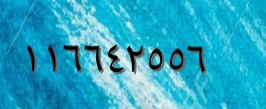
١١٦٦٤٢٥٥٦